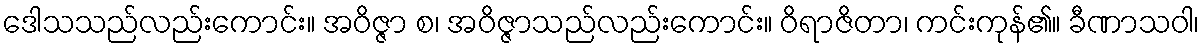
ဒေါသသည်လည်းကောင်း။ အဝိဇ္ဇာ စ၊ အဝိဇ္ဇာသည်လည်းကောင်း။ ဝိရာဇိတာ၊ ကင်းကုန်၏။ ခီဏာသဝါ၊